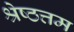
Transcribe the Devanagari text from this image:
श्रेष्ठत्तम